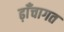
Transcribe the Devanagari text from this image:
ढ़ाँचागत